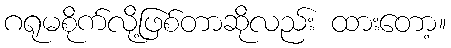
ဂရုမစိုက်လို့ဖြစ်တာဆိုလည်း ထားတော့။